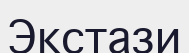
Экстази